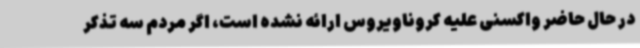
در حال حاضر واکسنی علیه کروناویروس ارائه نشده است، اگر مردم سه تذکر